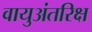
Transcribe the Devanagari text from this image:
वायुअंतरिक्ष